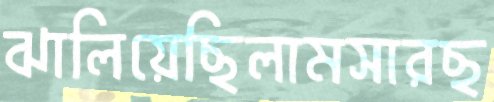
ঝালিয়েছিলামসারছ